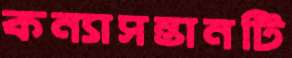
কন্যাসন্তানটি